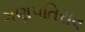
ગણપતિરાવ